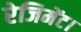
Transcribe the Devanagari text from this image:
रेजिमेंट।